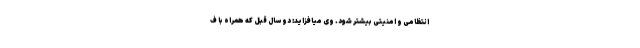
انتظامی و امنیتی بیشتر شود. وی میافزاید: دو سال قبل که همراه با ف